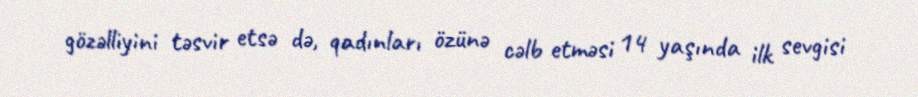
gözəlliyini təsvir etsə də, qadınları özünə cəlb etməsi 14 yaşında ilk sevgisi